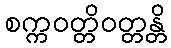
စက္ကဝတ္တိဝတ္တန္တိ